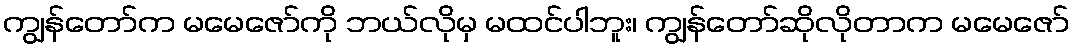
ကျွန်တော်က မမေဇော်ကို ဘယ်လိုမှ မထင်ပါဘူး၊ ကျွန်တော်ဆိုလိုတာက မမေဇော်